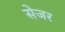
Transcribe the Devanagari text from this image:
सेजर